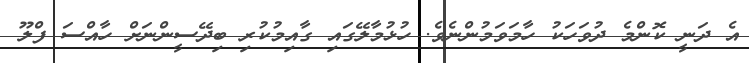
އެ ދަނީ ކޮންމެ ދުވަހަކު ހާމަވަމުންނެވެ. ހުޅުމާލޭގައި ގާއިމުކުރި ބިދޭސީންނަށް ހާއްސަ ފްލޫ